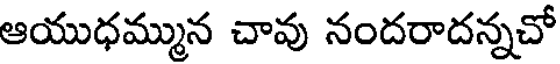
ఆయుధమ్మున చావు నందరాదన్నచో